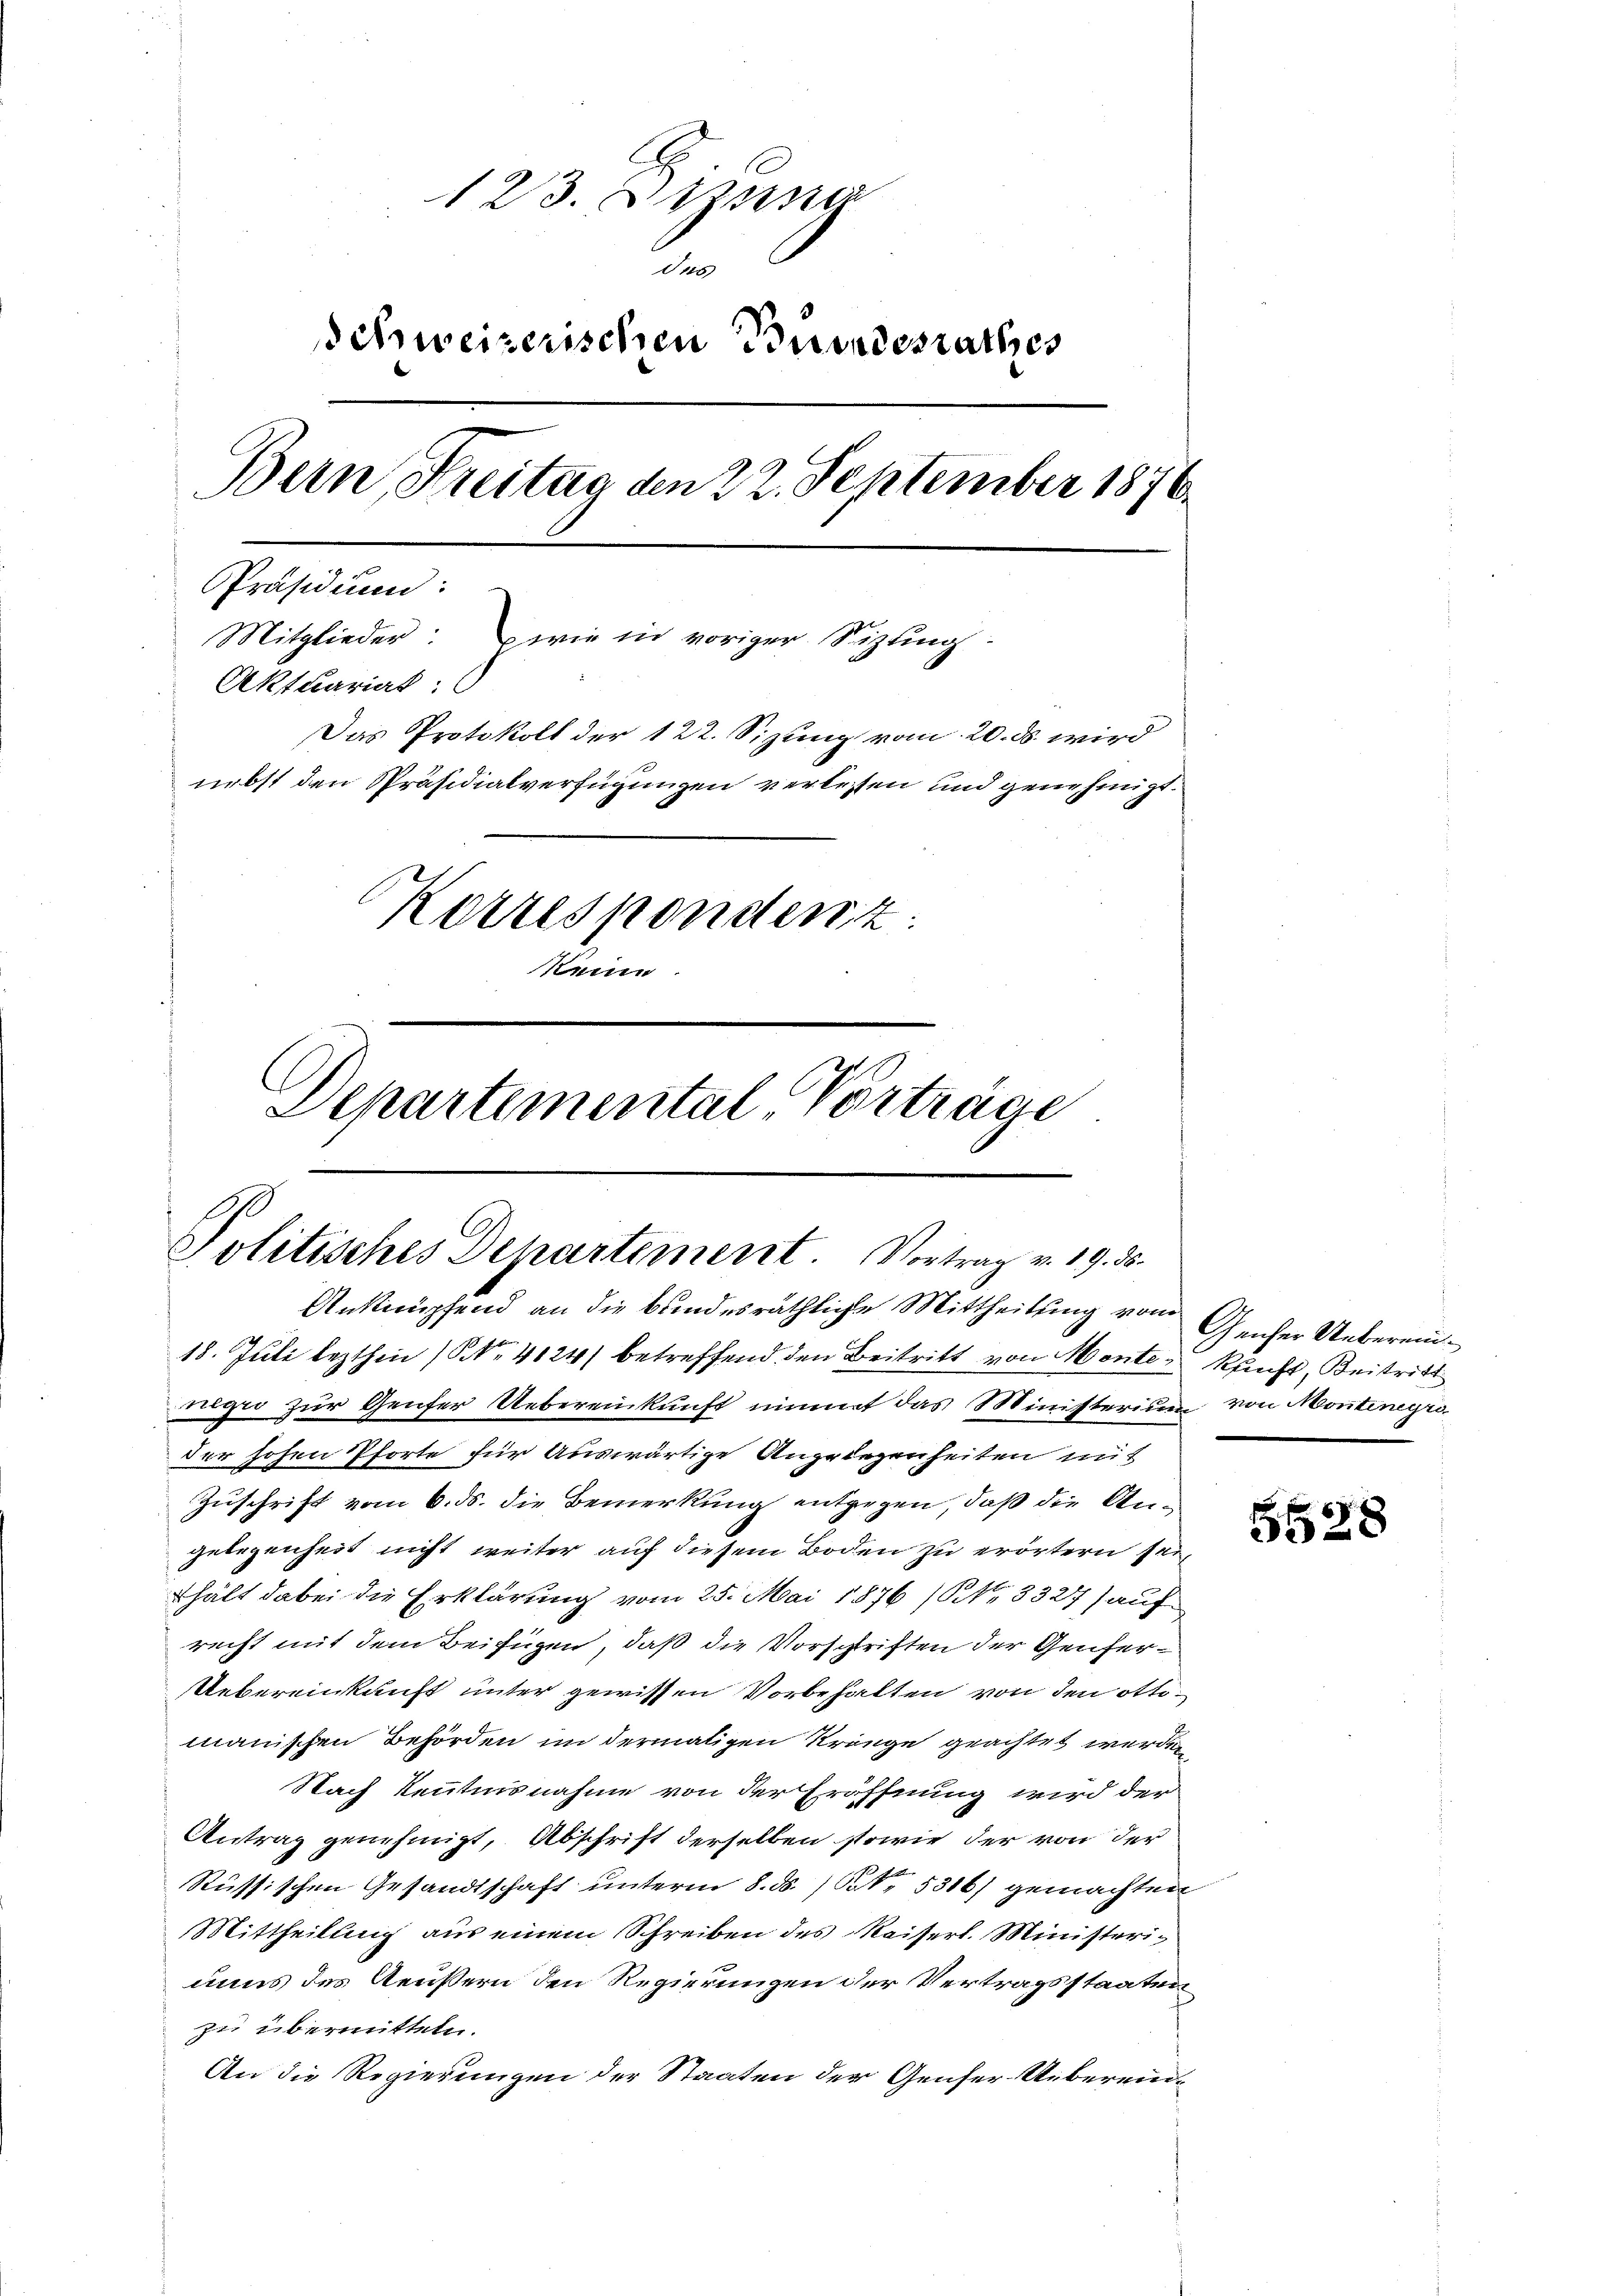
123. Dizna
dto
Schweizerischen Bundesrathes
Bern, Freitag den 22. September 1876
Präsidium:
Mitglieder: wie in voriger Sizling-
Aktuariat:
Das Protokoll der 122. Sizung vom 20. ds. wird
nebst den Präsidialverfügungen verlessen und genehmigt.
Korrespondent:
keine
Departemental Vorträge

Politisches Departement. Vortrag v. 19. ds.
Anknüpfend an die bundesräthliche Mittheilung vom Genfer Ueberein¬

18. Juli lezthin (NNo. 4124) betreffend den Beitritt von Monte kauft, Beitritt
nigi zur Genfer Uebereinkunft nimmt das Ministerium von Montenegro
der hohen Pforte für Auswärtige Angriegenheiten mit
Zuschrift vom 6. ds. die Bemerkung entgegen, daß die Angelegenheit nicht weiter auf diesem Boden zu erörtern sei,
hält dabei die Erklärung vom 25. Mai 1876 (NNo. 3327 auf
recht mit dem Beifügen, daß die Vorschriften der Genfer¬
Uebereinkunft unter gewissen Vorbehalten von den ottomanischen Behörden im dermaligen Kränge geachtet werden
Nach Kenntnisnahme von der Eröffnung wird der
Antrag genehmigt, Abschrift derselben sowie der von der
Russischen Gesandtschaft unterm 8. d. 1t 5316/ gemachten
Mittheilung aus einem Schreiben des Kaiserl. Ministerinaus des Aeußern den Regierungen der Vertragsstaaten
zu übermitteln.
An die Regierungen der Staaten der Genfer Ueberein¬

5528